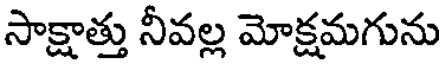
సాక్షాత్తు నీవల్ల మోక్షమగును